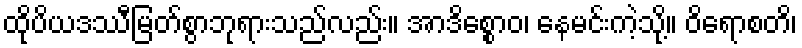
ထိုပိယဒဿီမြတ်စွာဘုရားသည်လည်း။ အာဒိစ္စောဝ၊ နေမင်းကဲ့သို့။ ဝိရောစတိ၊